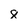
Character: 8